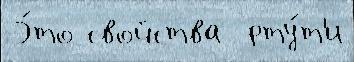
Э́то свойства  рту́т'и